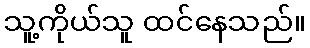
သူ့ကိုယ်သူ ထင်နေသည်။